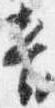
音